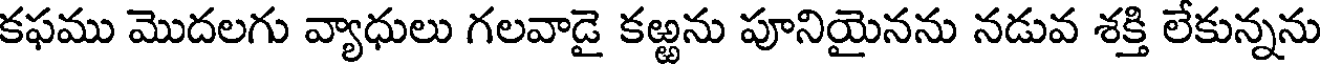
కఫము మొదలగు వ్యాధులు గలవాడై కఱ్ఱను పూనియైనను నడువ శక్తి లేకున్నను